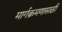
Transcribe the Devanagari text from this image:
मार्गक्रमणासाठी